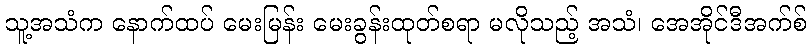
သူ့အသံက နောက်ထပ် မေးမြန်း မေးခွန်းထုတ်စရာ မလိုသည့် အသံ၊ အေအိုင်ဒီအက်စ်